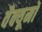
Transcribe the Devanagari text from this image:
वैक्यूमों